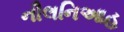
નૌલનિઆહ